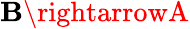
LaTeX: \mathbf{B}\rightarrowA